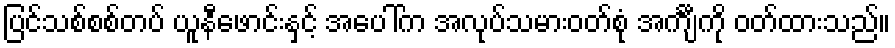
ပြင်သစ်စစ်တပ် ယူနီဖောင်းနှင့် အပေါ်က အလုပ်သမားဝတ်စုံ အင်္ကျီကို ဝတ်ထားသည်။